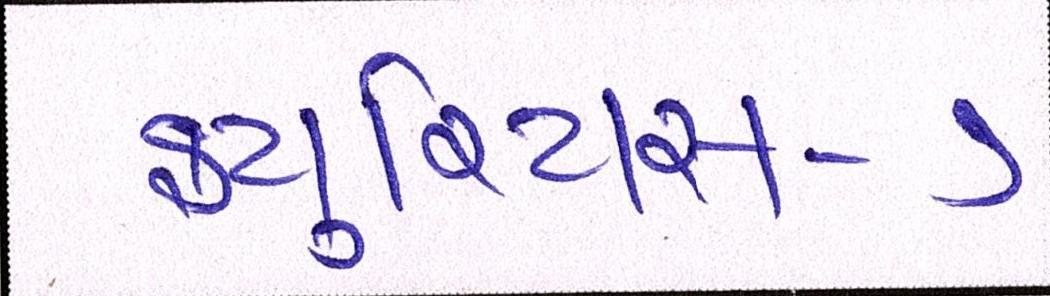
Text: ફ્યુરિયસ-૭